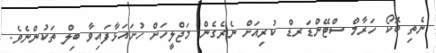
ނެތި ބޮކޯ ހަރާމް ސްޓޭންޑަރޑް ކުރިއަށް ނެރެގެން މަޖްލީހަށް ހުށައަޅާފައިވާ ބިލް ތަކުންނެވެ.